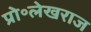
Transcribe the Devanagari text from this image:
प्रो॰लेखराज